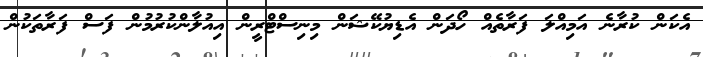
އެކަން ކުރާނެ އަމިއްލަ ފަރާތެއް ހޯދަން އެޑިޔުކޭޝަން މިނިސްޓްރީން އިއުލާންކުރުމުން ފަސް ފަރާތަކުން